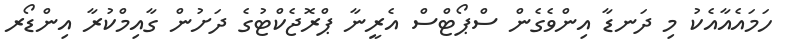
ހަމައެއާއެކު މި ދަނޑާ އިންވެގެން ސްޕޯޓްސް އެރީނާ ޕްރޮޖެކްޓުގެ ދަށުން ގާއިމްކުރާ އިންޑޯރ